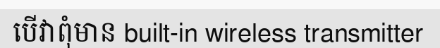
បើវាពុំមាន built-in wireless transmitter